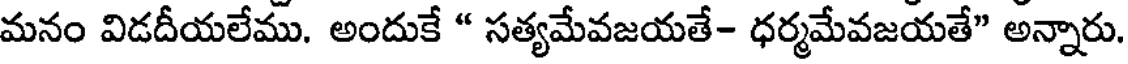
మనం విడదీయలేము. అందుకే " సత్యమేవజయతే- ధర్మమేవజయతే" అన్నారు